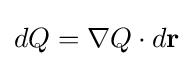
dQ=\nabla Q\cdot d\mathbf {r}